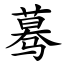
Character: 蓦